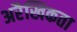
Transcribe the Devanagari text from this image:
अरैखिकता